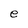
Character: e